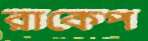
রাকেপ